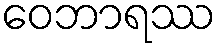
ဝေဘာရဿ